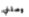
وصلني